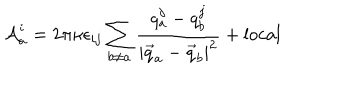
{ \cal A } _ { a } ^ { i } = 2 \pi \kappa \epsilon _ { i j } \sum _ { b \neq a } { \frac { q _ { a } ^ { j } - q _ { b } ^ { j } } { | \vec { q } _ { a } - \vec { q } _ { b } | ^ { 2 } } } + \mathrm { l o c a l }